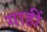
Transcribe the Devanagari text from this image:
गाहीं